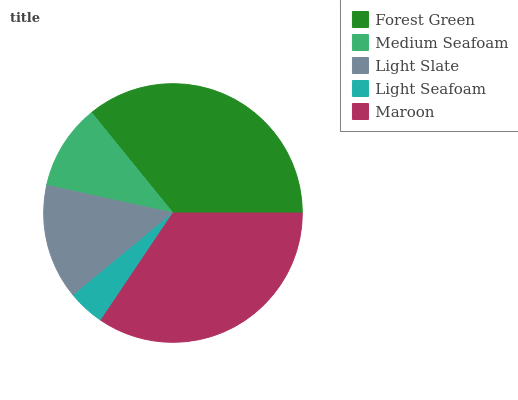
| Forest Green | Medium Seafoam | Light Slate | Light Seafoam | Maroon |
 | --- | --- | --- | --- | --- |
 | 35.8% | 10.7% | 14.4% | 4.59% | 34.4% |